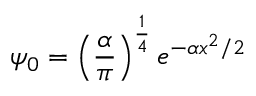
\psi _ { 0 } = \left( { \frac { \alpha } { \pi } } \right) ^ { \frac { 1 } { 4 } } e ^ { - \alpha x ^ { 2 } / 2 }